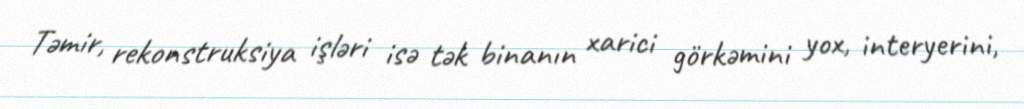
Təmir, rekonstruksiya işləri isə tək binanın xarici görkəmini yox, interyerini,